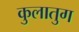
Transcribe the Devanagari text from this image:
कुलातुग